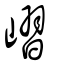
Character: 嶍